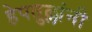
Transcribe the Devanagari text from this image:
हेपतुल्लांनी